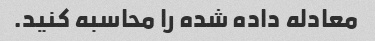
معادله داده شده را محاسبه کنید.